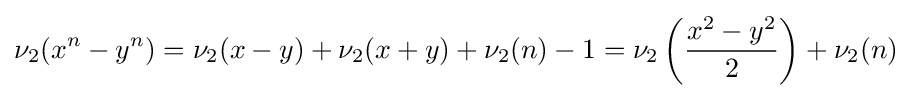
\nu _{2}(x^{n}-y^{n})=\nu _{2}(x-y)+\nu _{2}(x+y)+\nu _{2}(n)-1=\nu _{2}\left({\frac {x^{2}-y^{2}}{2}}\right)+\nu _{2}(n)